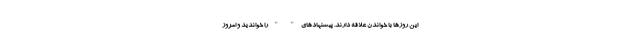
این روزها با خواندن علاقه دارند. پیشنهادهای " " را خواندید و امروز